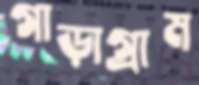
গাড়াগ্রাম